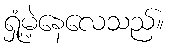
ရှုံ့မဲ့နေလေသည်။